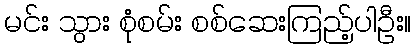
မင်း သွား စုံစမ်း စစ်ဆေးကြည့်ပါဦး။